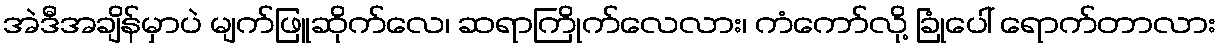
အဲဒီအချိန်မှာပဲ မျက်ဖြူဆိုက်လေ၊ ဆရာကြိုက်လေလား၊ ကံကော်လို့ ခြုံပေါ် ရောက်တာလား